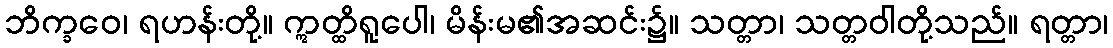
ဘိက္ခဝေ၊ ရဟန်းတို့။ ဣတ္ထိရူပေါ၊ မိန်းမ၏အဆင်း၌။ သတ္တာ၊ သတ္တဝါတို့သည်။ ရတ္တာ၊